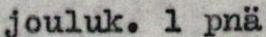
jouluk.1 pnä